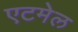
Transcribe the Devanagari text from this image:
एटमेल